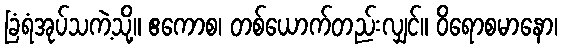
ခြံရံအုပ်သကဲ့သို့။ ဧကောစ၊ တစ်ယောက်တည်းလျှင်။ ဝိရောစမာနော၊